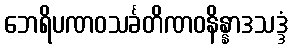
ဘေရိပဏဝသင်္ခတိဏဝနိန္နာဒသဒ္ဒံ